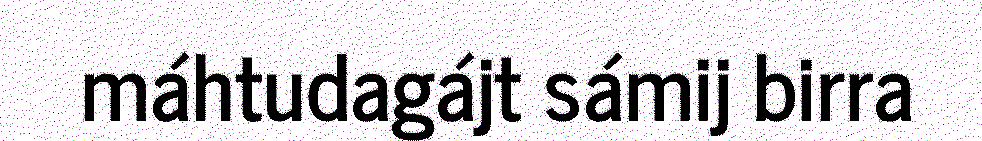
máhtudagájt sámij birra